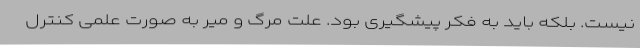
نیست. بلکه باید به فکر پیشگیری بود. علت مرگ و میر به صورت علمی کنترل